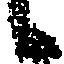
候